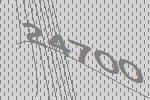
24700